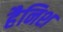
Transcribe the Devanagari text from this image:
हैनिश